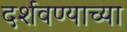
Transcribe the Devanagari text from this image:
दर्शवण्याच्या